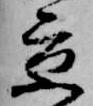
京